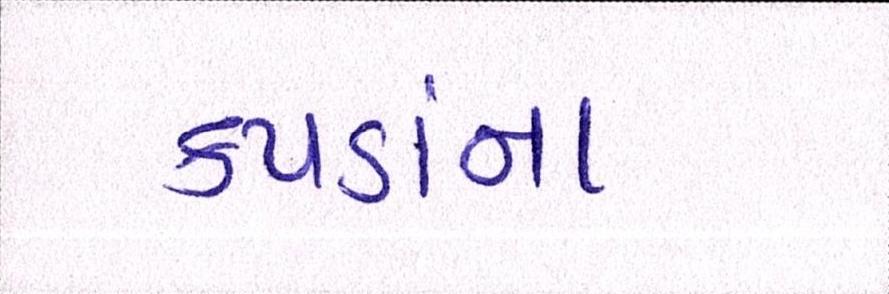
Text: કપડાંના